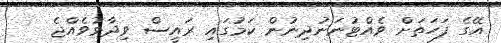
އޭގެ ފަހަތަށް ވެއްޓުނަނުދިނުން ކަމުގައި ރައީސް ވިދާޅުވެއްޖެ